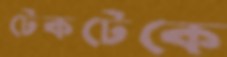
টেকটেকে